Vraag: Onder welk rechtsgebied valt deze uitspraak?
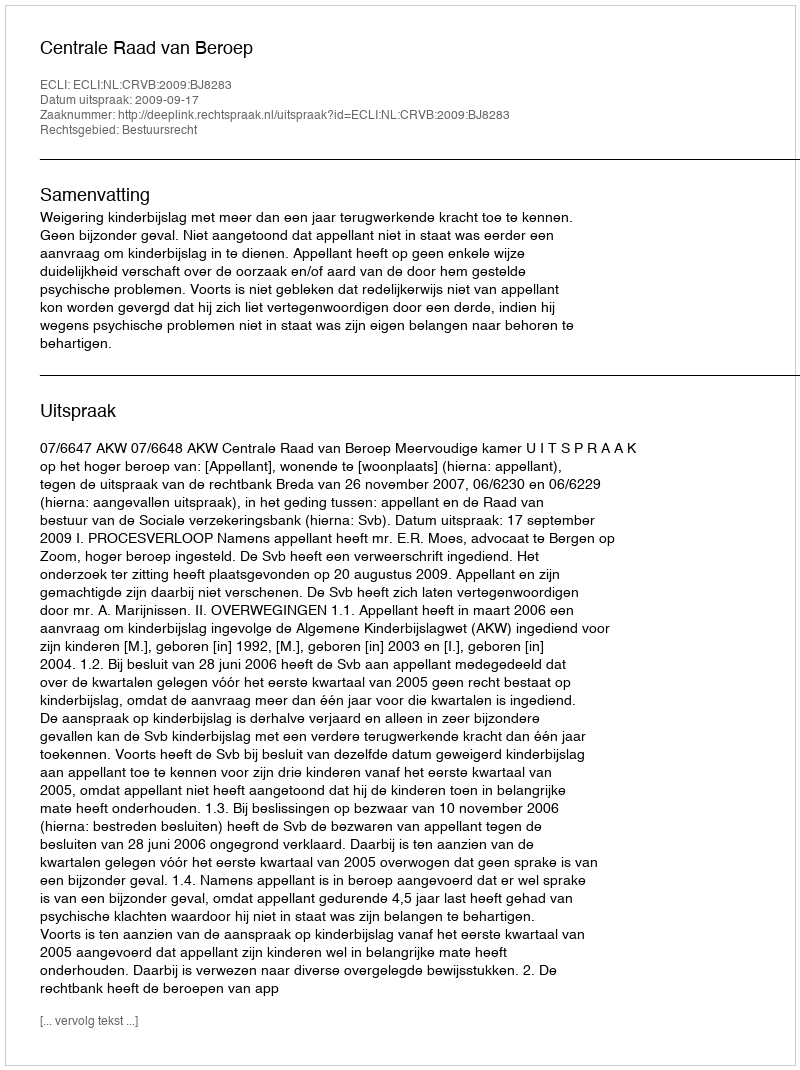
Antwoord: Bestuursrecht